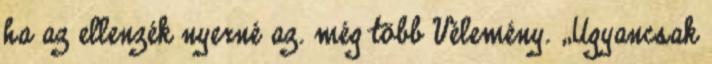
ha az ellenzék nyerné az. még több Vélemény. „Ugyancsak